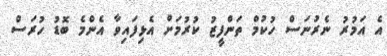
އެ އަމުރު ނެރުނަސް ހުކުމް ތަންފީޒު ކުރުމަށް އެޅިފައިވާ އެންމެ ބޮޑު ހުރަސް